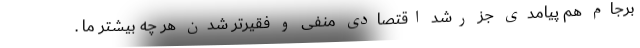
برجام هم پیامدی جز رشد اقتصادی منفی و فقیرتر شدن هر چه بیشتر ما .